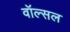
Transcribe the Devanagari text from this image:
वॉल्सल